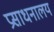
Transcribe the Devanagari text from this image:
प्रसाधनालय